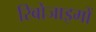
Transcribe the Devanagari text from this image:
रिबोजाइमों